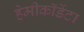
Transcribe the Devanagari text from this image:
हेमीकॉर्डेटा